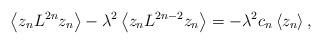
LaTeX: \begin{align*}\left\langle z_n L^{2n}z_n\right\rangle - \lambda^2\left\langle z_n L^{2n-2}z_n\right\rangle = -\lambda^2 c_n \left\langle z_n\right\rangle,\end{align*}